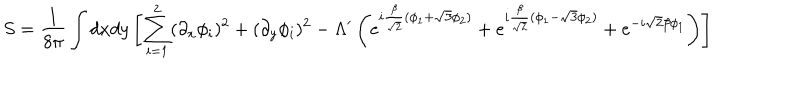
S = { \frac { 1 } { 8 \pi } } \int d x d y \left[ \sum _ { i = 1 } ^ { 2 } ( \partial _ { x } \phi _ { i } ) ^ { 2 } + ( \partial _ { y } \phi _ { i } ) ^ { 2 } - \Lambda ^ { \prime } \left( e ^ { i { \frac { \beta } { \sqrt { 2 } } } ( \phi _ { 1 } + \sqrt { 3 } \phi _ { 2 } ) } + e ^ { i { \frac { \beta } { \sqrt { 2 } } } ( \phi _ { 1 } - \sqrt { 3 } \phi _ { 2 } ) } + e ^ { - i \sqrt { 2 } \beta \phi _ { 1 } } \right) \right]